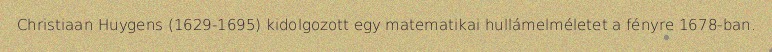
Christiaan Huygens (1629-1695) kidolgozott egy matematikai hullámelméletet a fényre 1678-ban.